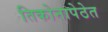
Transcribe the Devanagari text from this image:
तिकोनापेठेत